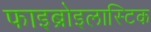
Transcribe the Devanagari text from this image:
फाइब्रोइलास्टिक